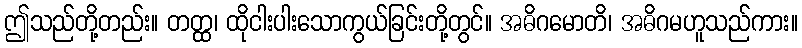
ဤသည်တို့တည်း။ တတ္ထ၊ ထိုငါးပါးသောကွယ်ခြင်းတို့တွင်။ အဓိဂမောတိ၊ အဓိဂမဟူသည်ကား။